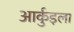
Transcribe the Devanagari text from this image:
आर्कुइला